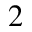
^ 2